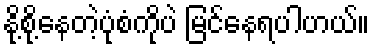
နို့စို့နေတဲ့ပုံစံကိုပဲ မြင်နေရပါဟယ်။